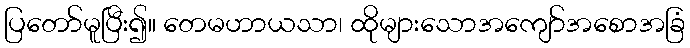
ပြတော်မူပြီး၍။ တေမဟာယသာ၊ ထိုများသောအကျော်အစောအခြံ